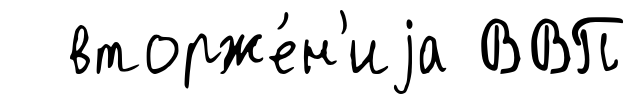
вторже́н'иjа ВВП